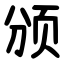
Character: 颁